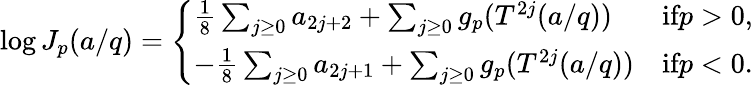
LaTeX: \log J_{p}(a/q)=\left\{ \begin{array}{ll}{\frac{1}{8}\sum_{j\ge 0}a_{2j+2}+\sum_{j\ge 0}g_{p}(T^{2j}(a/q))}&{\textrm{if}p>0,}\\ {-\frac{1}{8}\sum_{j\ge 0}a_{2j+1}+\sum_{j\ge 0}g_{p}(T^{2j}(a/q))}&{\textrm{if}p<0.}\end{array}\right.